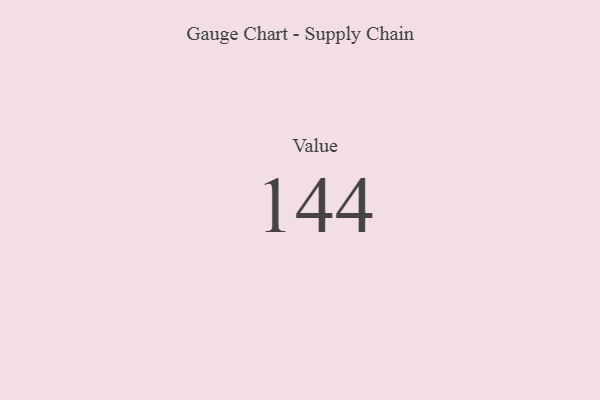
{"axis": {"x": "Metric", "y": "Value"}, "legend": [""], "data": [{"x": "Value", "y": 144, "type": ""}]}